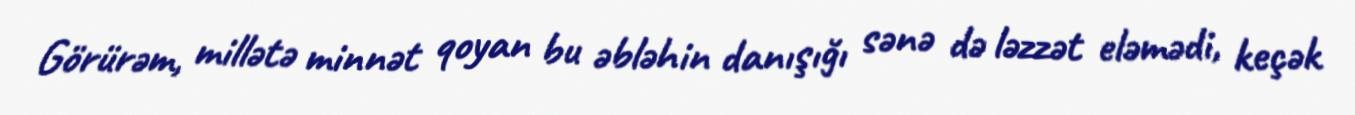
Görürəm, millətə minnət qoyan bu əbləhin danışığı sənə də ləzzət eləmədi, keçək